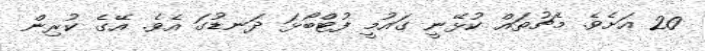
20 އަށެވެ. މެޗުތައް ކުޅޭނީ ގައުމީ ފުޓްބޯޅަ ދަނޑުގަ އެވެ. އޭގެ ކުރިން